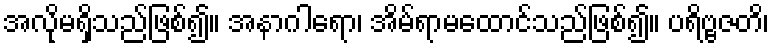
အလိုမရှိသည်ဖြစ်၍။ အနာဂါရော၊ အိမ်ရာမထောင်သည်ဖြစ်၍။ ပရိဗ္ဗဇတိ၊